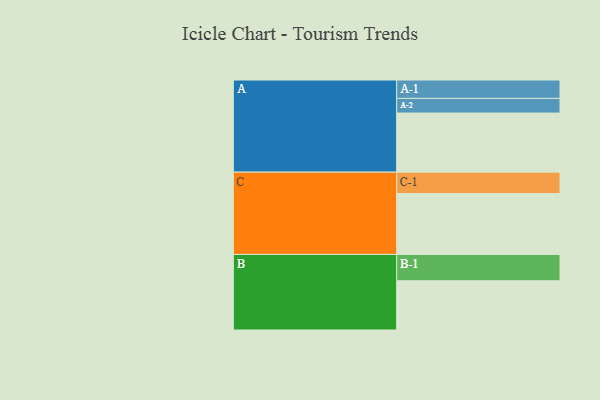
{"axis": {"x": "Segment", "y": "Value"}, "legend": ["", "A", "B", "C"], "data": [{"x": "A", "y": 395, "type": ""}, {"x": "B", "y": 329, "type": ""}, {"x": "C", "y": 407, "type": ""}, {"x": "A-1", "y": 123, "type": "A"}, {"x": "A-2", "y": 98, "type": "A"}, {"x": "B-1", "y": 176, "type": "B"}, {"x": "C-1", "y": 143, "type": "C"}]}